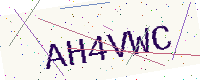
Text: AH4VWC